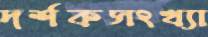
দর্শকসংখ্যা